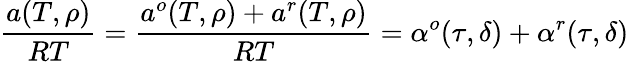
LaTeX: {\frac{a(T,\rho)}{RT}}={\frac{a^{o}(T,\rho)+a^{r}(T,\rho)}{RT}}=\alpha^{o}(\tau,\delta)+\alpha^{r}(\tau,\delta)